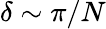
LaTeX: \delta\sim\pi/N